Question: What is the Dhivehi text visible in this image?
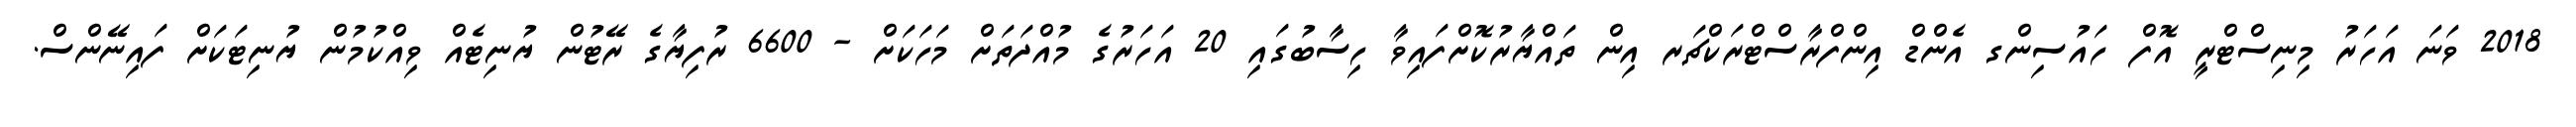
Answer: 2018 ވަނަ އަހަރު މިނިސްޓްރީ އޮފް ހައުސިންގ އެންޑް އިންފްރާސްޓްރަކްޗަރ އިން ތައްޔާރުކޮށްފައިވާ ހިސާބުގައި 20 އަހަރުގެ މުއްދަތަށް މަހަކަށް - 6600 ރުފިޔާގެ ރޭޓުން ޔުނިޓެއް ވިއްކުމުން ޔުނިޓަކަށް ފައިނޭންސް.